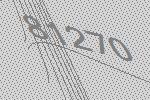
81270